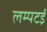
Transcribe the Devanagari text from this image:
लम्पटई